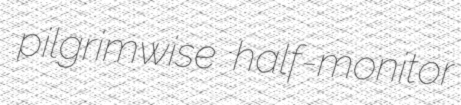
pilgrimwise half-monitor